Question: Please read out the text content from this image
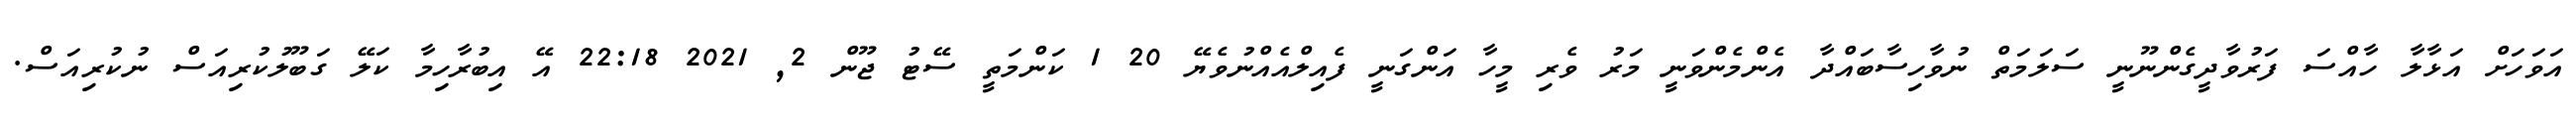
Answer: އަވަހަށް އަޅާލާ ހާއްސަ ފަރުވާދީގެންނޫނީ ސަލަމަތް ނުވާހިސާބައްދާ އެންމެންވަނީ މަރު ވެރި މީހާ އަންގަނީ ފެއިލްއެއްނުވެޔޭ 20 1 ކަންމަތީ ސޭޓު ޖޫން 2, 2021 22:18 އޭ އިބުރާހިމާ ކަލޭ ގަބޫލުކުރިއަސް ނުކުރިއަސް.